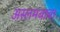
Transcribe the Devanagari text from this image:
अस्लमबाबा